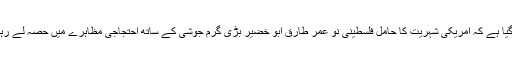
بتایا گیا ہے کہ امریکی شہریت کا حامل فلسطینی نو عمر طارق ابو خضیر بڑی گرم جوشی کے ساتھ احتجاجی مظاہرے میں حصہ لے رہا تھا۔